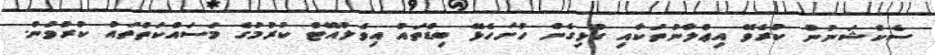
ސެކްޝަނުން ކުރެވޭ އިޢްލާނުތަކާއި ގުޅިގެން ހުށަހެޅޭ ބިޑްތައް އިވެލުއޭޓް ކުރުމުގެ މަސައްކަތްތައް ކުރުވުން.